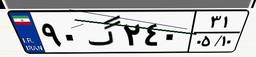
۹۰گ۲۴۰۳۱